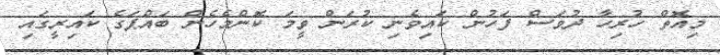
މިއޮތް ހުރިހާ ދުވަސް ފަހުން ކައިވެނި ކުރަން ވީމަ ކޮންމެހެން ބައްޕަގެ ކައިރީގައި